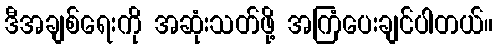
ဒီအချစ်ရေးကို အဆုံးသတ်ဖို့ အကြံပေးချင်ပါတယ်။